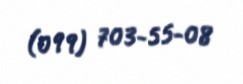
(099) 703-55-08